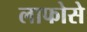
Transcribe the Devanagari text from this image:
लाफोसे